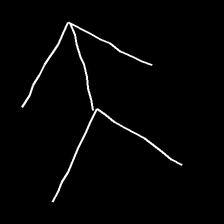
Glyph: gather